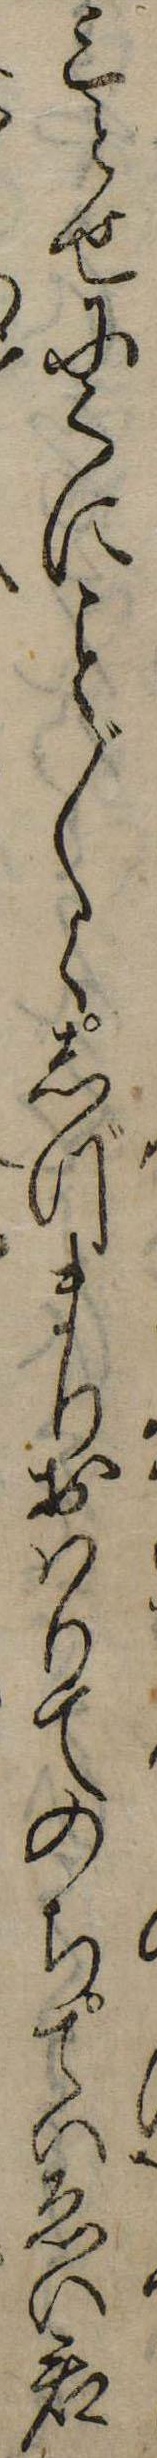
みとせにくに〲くしづまりおはりてのちていゑい君